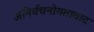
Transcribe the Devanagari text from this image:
अनिर्वचनोयतावाद